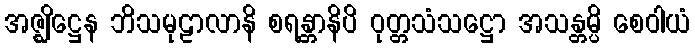
အဇ္ဈိဋ္ဌေန ဘိသမုဠာလာနိ စရန္တာနိပိ ဝုတ္တသံသဋ္ဌော အသန္တမ္ပိ စေဝါယံ